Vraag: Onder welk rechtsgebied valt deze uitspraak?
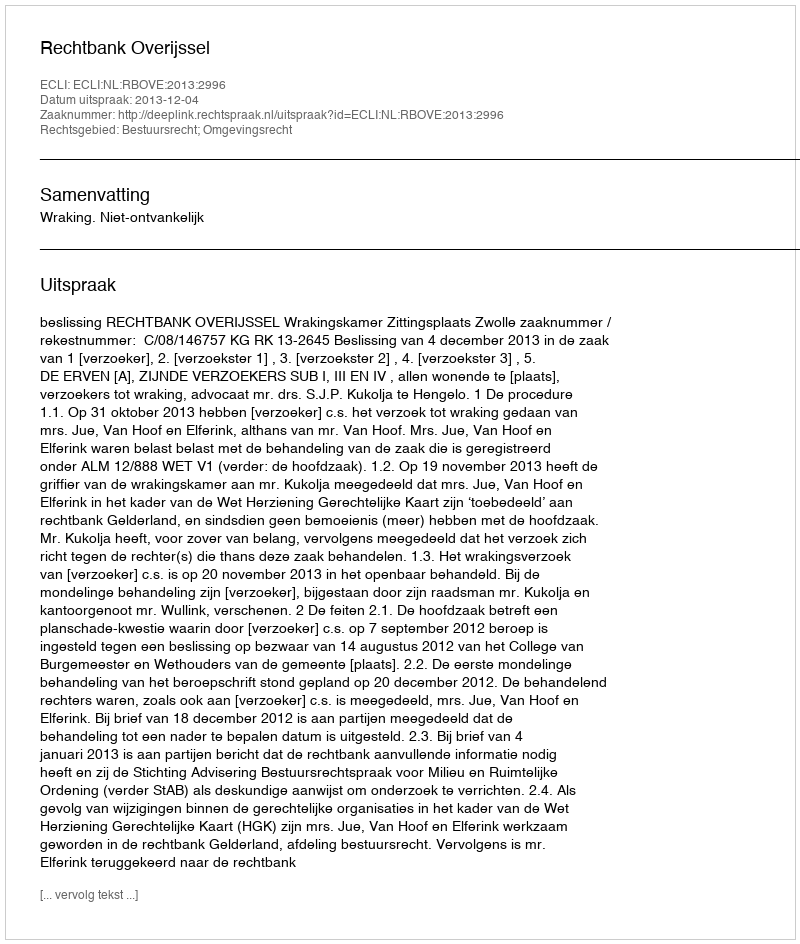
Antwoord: Bestuursrecht; Omgevingsrecht